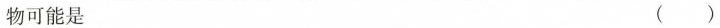
物可能是 ( )